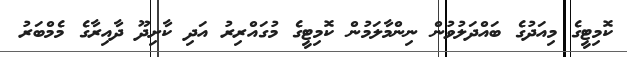
ކޮމިޓީގެ މިއަދުގެ ބައްދަލުވުން ނިންމާލަމުން ކޮމިޓީގެ މުގައްރިރު އަދި ކާށިދޫ ދާއިރާގެ މެމްބަރު